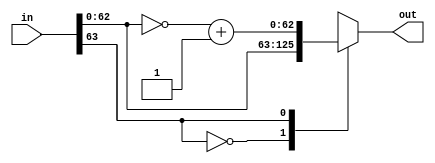
module twoscom(out, in);
parameter n = 64;

input [n-1:0] in;
output reg [n-2:0] out;

always @(in)
case (in[n-1])
	1'b0: out = in[n-2:0];
	1'b1: out = ~in[n-2:0]+1'b1;
endcase

endmodule